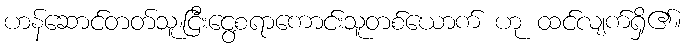
ဟန်ဆောင်တတ်သူ၊ငြီးငွေ့စရာကောင်းသူတစ်ယောက် ဟု ထင်လျက်ရှိ၏။